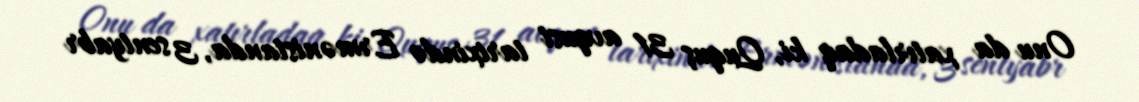
Onu da xatırladaq ki, Ququş 31 avqust tarixində Ermənistanda, 3 sentyabr